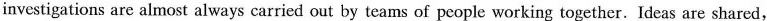
investigations are almost always carried out by teams of people working together.Ideas are shared,